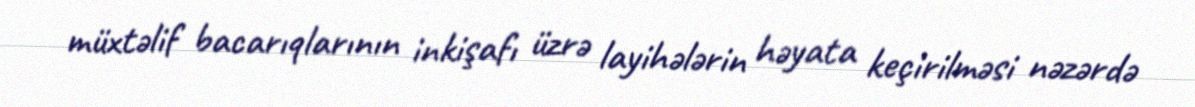
müxtəlif bacarıqlarının inkişafı üzrə layihələrin həyata keçirilməsi nəzərdə